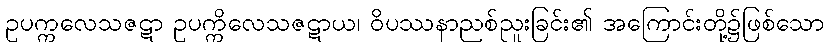
ဥပက္ကလေသဇဋာ ဥပက္ကိလေသဇဋာယ၊ ဝိပဿနာညစ်ညူးခြင်း၏ အကြောင်းတို့၌ဖြစ်သော